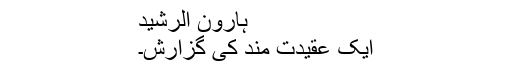
ہارون الرشید
ایک عقیدت مند کی گزارش۔